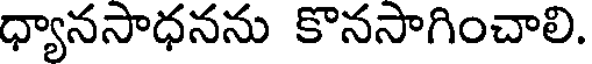
ధ్యానసాధనను కొనసాగించాలి.